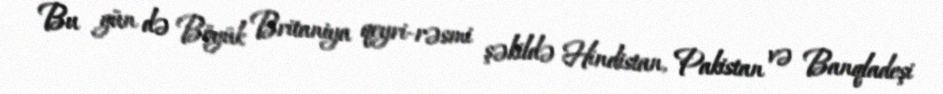
Bu gün də Böyük Britaniya qeyri-rəsmi şəkildə Hindistan, Pakistan və Banqladeşi